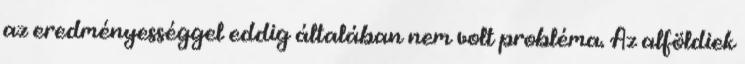
az eredményességgel eddig általában nem volt probléma. Az alföldiek